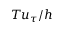
T u _ { \tau } / h